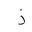
Letter: _thal